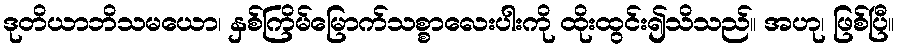
ဒုတိယာဘိသမယော၊ နှစ်ကြိမ်မြောက်သစ္စာလေးပါးကို ထိုးထွင်း၍သိသည်။ အဟု၊ ဖြစ်ပြီ။